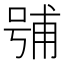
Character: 𭈶